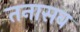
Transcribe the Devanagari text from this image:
तनासब